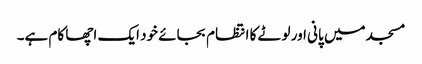
مسجد میں پانی اور لوٹے کا انتظام بجائے خود ایک اچھا کام ہے۔